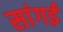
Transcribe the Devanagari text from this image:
सांगई